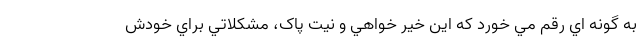
به گونه اي رقم مي خورد که اين خير خواهي و نيت پاک، مشکلاتي براي خودش